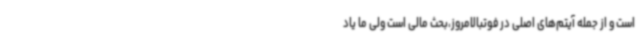
است و از جمله آیتم‌های اصلی در فوتبالامروز،بحث مالی است ولی ما یاد